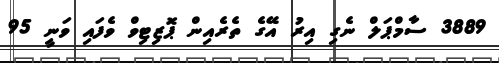
3889 ސާމްޕަލް ނެގި އިރު އޭގެ ތެރެއިން ޕޮޒިޓިވް ވެފައި ވަނީ 95